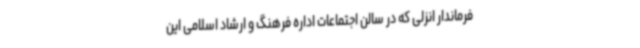
فرماندار انزلی که در سالن اجتماعات اداره فرهنگ و ارشاد اسلامی این